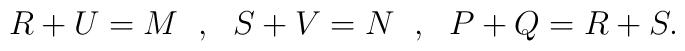
R+U=M\hspace{.1in},\hspace{.1in} S+V=N\hspace{.1in},\hspace{.1in} P+Q=R+S.